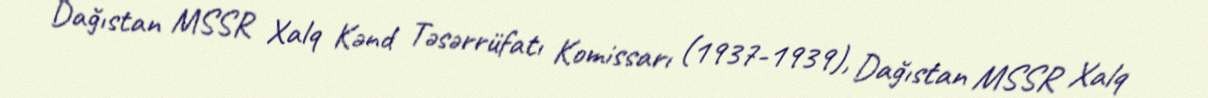
Dağıstan MSSR Xalq Kənd Təsərrüfatı Komissarı (1937-1939), Dağıstan MSSR Xalq